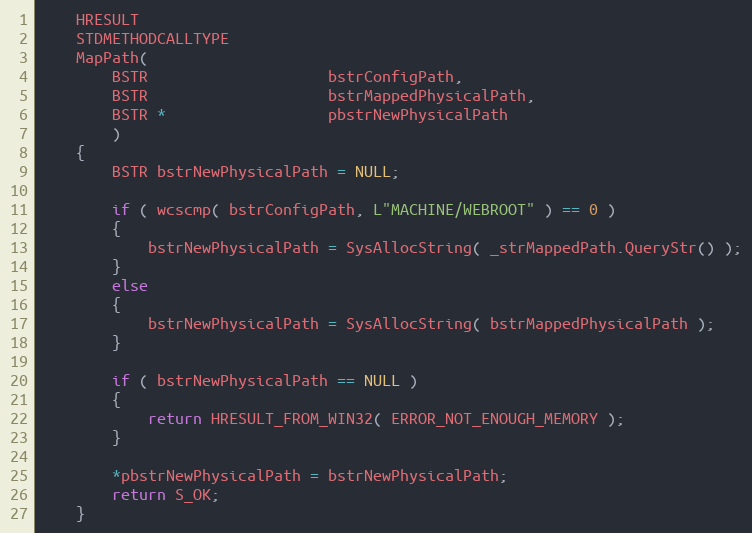
Language: C++
    HRESULT
    STDMETHODCALLTYPE
    MapPath(
        BSTR                    bstrConfigPath,
        BSTR                    bstrMappedPhysicalPath,
        BSTR *                  pbstrNewPhysicalPath
        )
    {
        BSTR bstrNewPhysicalPath = NULL;

        if ( wcscmp( bstrConfigPath, L"MACHINE/WEBROOT" ) == 0 )
        {
            bstrNewPhysicalPath = SysAllocString( _strMappedPath.QueryStr() );
        }
        else
        {
            bstrNewPhysicalPath = SysAllocString( bstrMappedPhysicalPath );
        }

        if ( bstrNewPhysicalPath == NULL )
        {
            return HRESULT_FROM_WIN32( ERROR_NOT_ENOUGH_MEMORY );
        }

        *pbstrNewPhysicalPath = bstrNewPhysicalPath;
        return S_OK;
    }